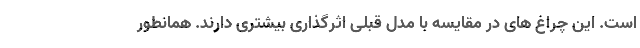
است. این چراغ های در مقایسه با مدل قبلی اثرگذاری بیشتری دارند. همانطور